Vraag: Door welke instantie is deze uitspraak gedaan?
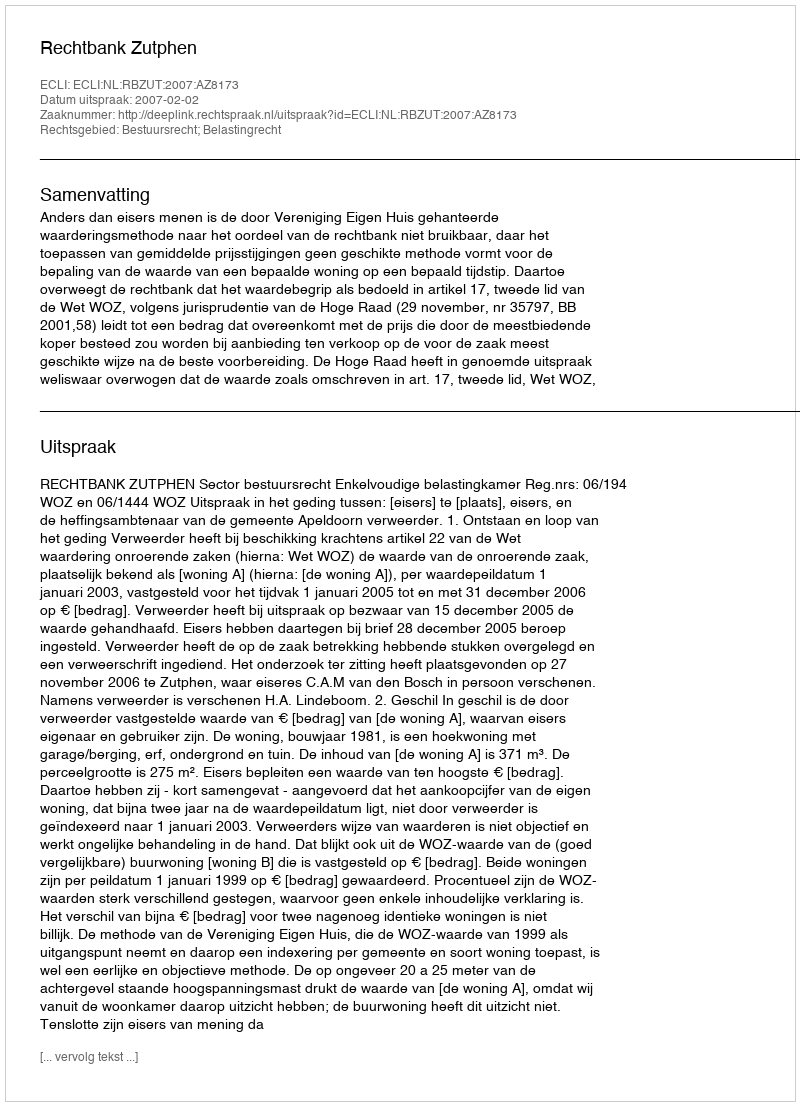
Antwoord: Rechtbank Zutphen